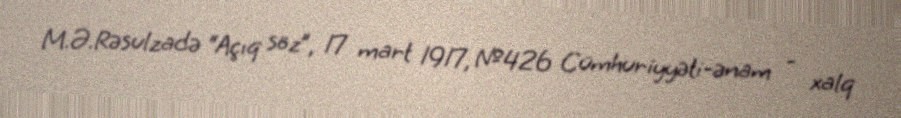
M.Ə.Rəsulzadə “Açıq söz”, 17 mart 1917, №426 Cümhuriyyəti-ənam - xalq